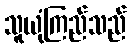
သူယုံကြည်သည်